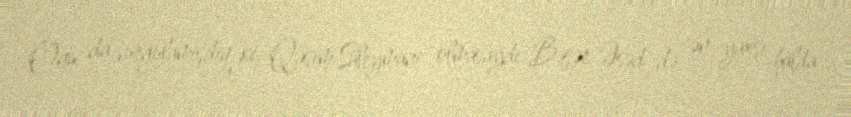
Onu da vurğulamışdıq ki, Qasım Süleymani olmasaydı Bəşər Əsəd də ən yaxşı halda